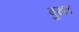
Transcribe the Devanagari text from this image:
बुख्त